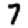
Digit: 7